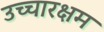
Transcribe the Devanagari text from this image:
उच्चारक्षम